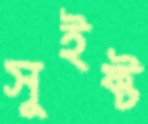
সুইফ্ট